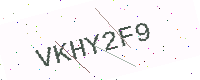
Text: VKHY2F9